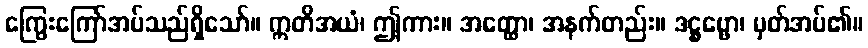
ကြွေးကြော်အပ်သည်ရှိသော်။ ဣတိအယံ၊ ဤကား။ အတ္ထော၊ အနက်တည်း။ ဒဋ္ဌဗ္ဗော၊ မှတ်အပ်၏။